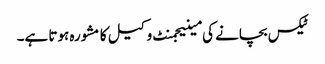
ٹیکس بچانے کی مینیجمنٹ وکیل کا مشورہ ہوتا ہے۔